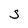
Character: S